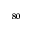
_ { 8 0 }